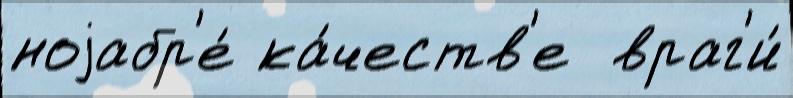
ноjабр'е́ ка́честв'е  враг'и́